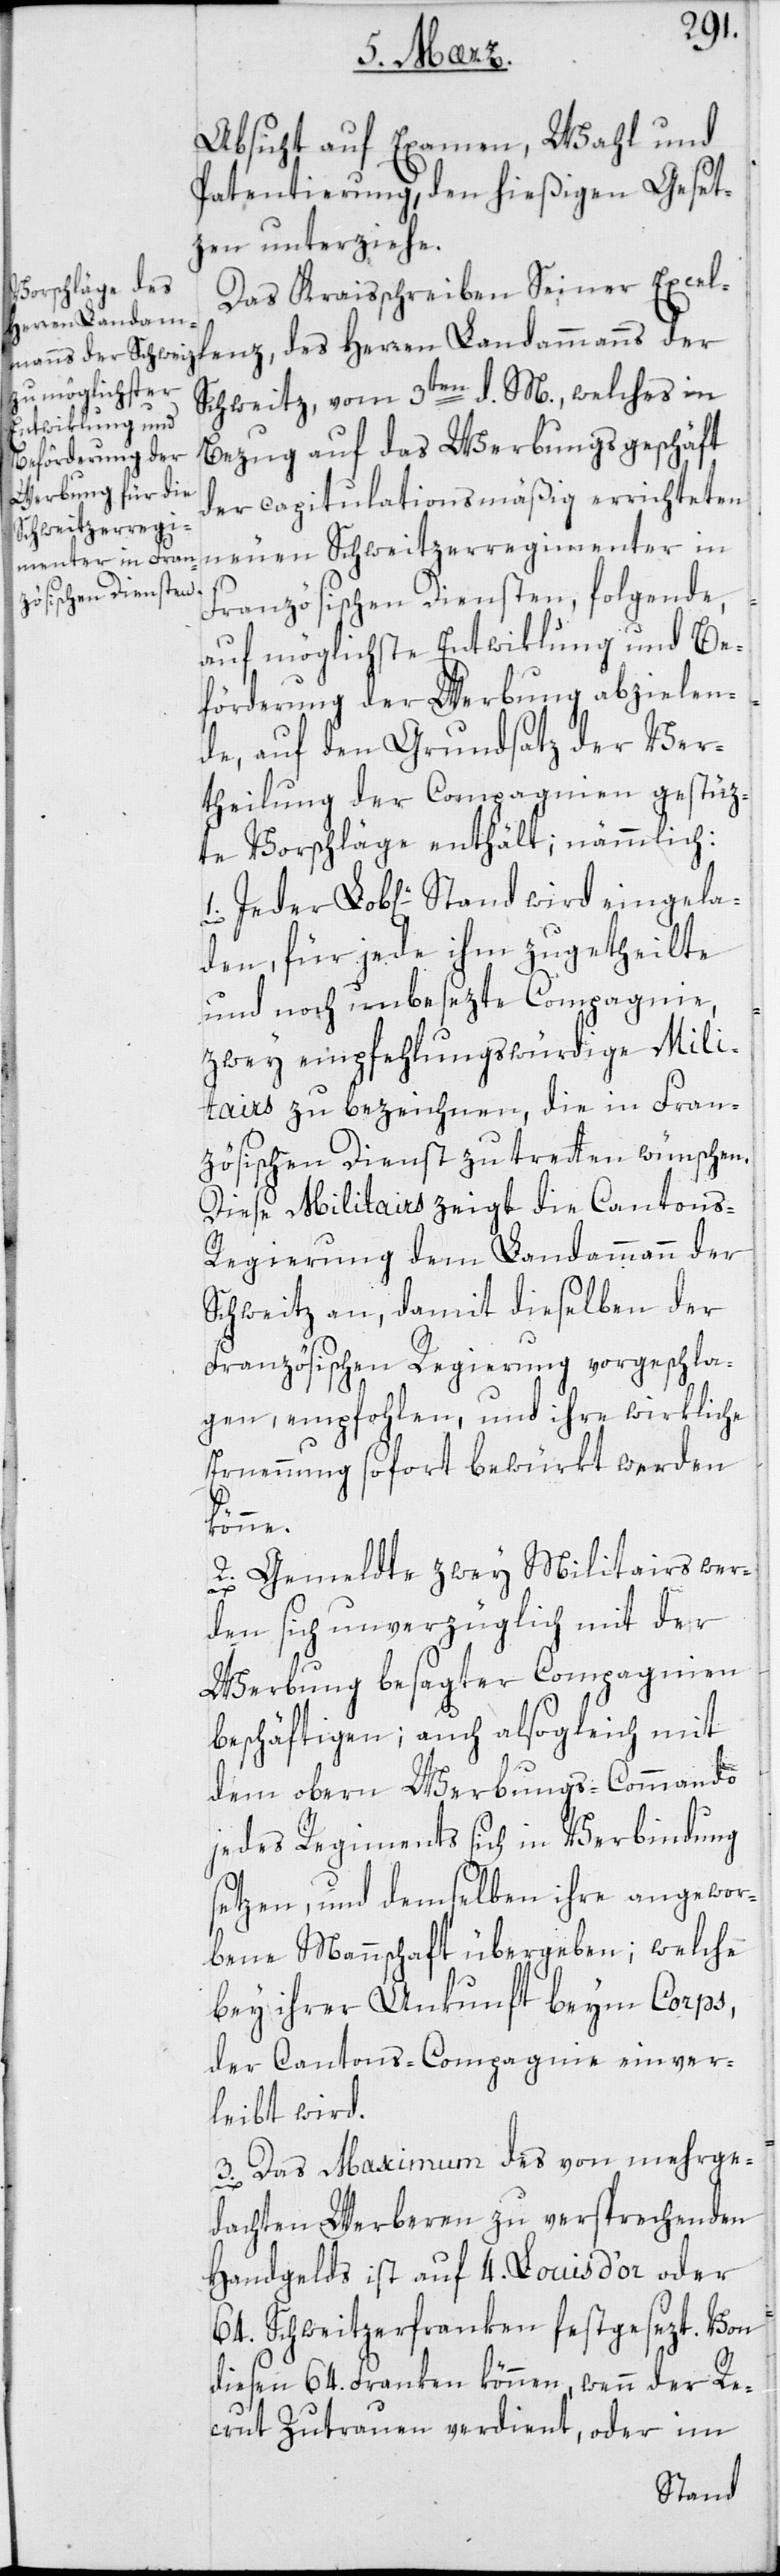
Absicht auf Examen, Wahl und
Patentierung, den hießigen Geset¬
zen unterziehe.
Das Kreisschreiben Seiner Excel¬
lenz des Herren Landammanns der
Schweitz vom 3ten d. M., welches in
Bezug auf das Werbungsgeschäft
der capitulationsmäßig errichteten
neuen Schweitzerregimenter in
Französischen Diensten folgende,
auf möglichste Entwiklung und Be¬
förderung der Werbung abzielen¬
de, auf den Grundsatz der Ver¬
theilung der Compagnien gestüz¬
te Vorschläge enthält; nämmlich:
den, für jede ihm zugetheilte
und noch unbesezte Compagnie,
zwey empfehlungswürdige Mili¬
tairs zu bezeichnen, die in Fran¬
zösischen Dienst zu treten wünschen.
Diese Militairs zeigt die Cantons-R¬
egierung dem Landammann der
Schweitz an, damit dieselben der
Französischen Regierung vorgeschla¬
gen, empfohlen und ihre wirkliche
Ernennung sofort bewürkt werden
la¬
2. Gemeldte zwey Militairs wer¬
den sich unverzüglich mit der
Werbung besagter Compagnien
beschäftigen; auch alsogleich mit
dem obern Werbungs-Kommando
jedes Regiments sich in Verbindung
setzen, und demselben ihre angewor¬
bene Mannschaft übergeben; welche
bey ihrer Ankunft beim Corps,
der Cantons-Compagnie einver¬
leibt wird.
3. Das Maximum des von mehrge¬
dachten Werberen zu versprechenden
Handgelds ist auf 4. Louisd’or oder
64. Schweitzerfranken festgesezt. Von
diesen 64. Franken können, wenn der Re¬
crut Zutrauen verdient oder im
Stand